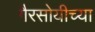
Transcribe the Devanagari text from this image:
गैरसोयीच्या